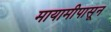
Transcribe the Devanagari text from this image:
मायामीपासून